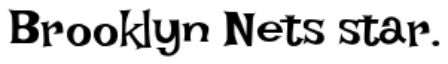
Brooklyn Nets star.